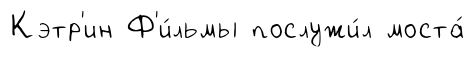
Кэтр'ин Ф'и́льмы послужи́л моста́